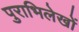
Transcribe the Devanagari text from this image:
पुराभिलेखों